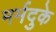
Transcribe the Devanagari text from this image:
मर्मदुके